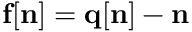
{ \bf f } [ { \bf n } ] = { \bf q } [ { \bf n } ] - { \bf n }